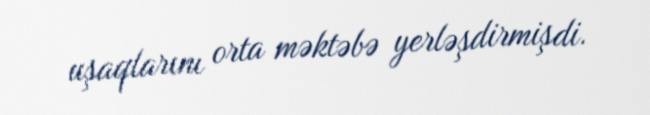
uşaqlarını orta məktəbə yerləşdirmişdi.